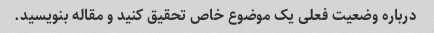
درباره وضعیت فعلی یک موضوع خاص تحقیق کنید و مقاله بنویسید.